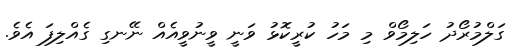
ގަލްމުރޯދު ހަލިމޯވް މި މަހު ކުރީކޮޅު ވަނީ ވީނުވީއެއް ނޭނގި ގެއްލިފަ އެވެ.